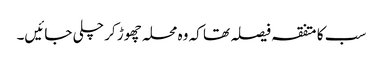
سب کا متفقہ فیصلہ تھا کہ وہ محلہ چھوڑ کر چلی جائیں۔